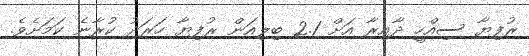
ރުފިޔާ ސިއްހީ ދާއިރާ އަށް 2.1 ބިލިއަން ރުފިޔާ ހަރަދު ކުރާނެ ކަމަށެވެ.